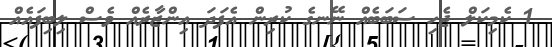
1 ކެމިކަލް ޖެހި ސަބަބެއް ނޭނގެ ކުރިން އެފަދަ އިންޒާރެއް ވެސް ލިބިފައެއް